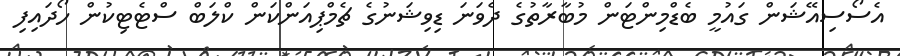
އެސޯސިއޭޝަން ގައުމީ ބެޑްމިންޓަން މުބާރާތުގެ ދެވަނަ ޑިވިޝަނުގެ ޗެމްޕިއަންކަން ކްލަބް ސްޓެޓިކުން ހޯދައިފި